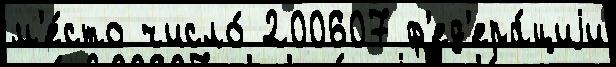
м'е́сто число́ 200607 ф'ед'ера́циjи